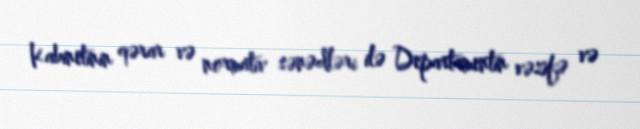
Kabinetinin qərar və normativ sənədləri ilə Departamentin vəzifə və